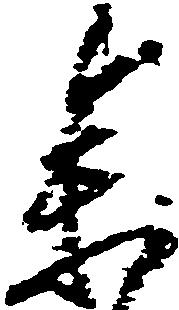
参